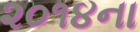
૨૦૧૪ના